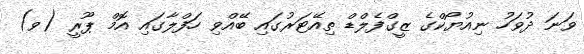
ވަނަ ދުވަހު ނިއުޔޯކްގެ ޒީގްފެލްޑް ތިއޭޓަރުގައި ބޭއްވި ހަފްލާގައި އޮމް ޕޫރީ (ވ)